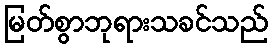
မြတ်စွာဘုရားသခင်သည်